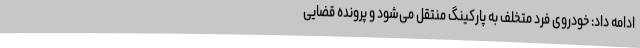
ادامه داد: خودروی فرد متخلف به پارکینگ منتقل می‌شود و پرونده قضایی